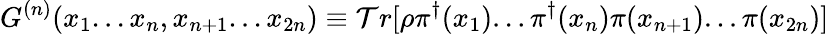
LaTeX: G^{(n)}(x_{1}...x_{n},x_{n+1}...x_{2n})\equiv\mathcal{T}r[\rho\pi^{\dagger}(x_{1})...\pi^{\dagger}(x_{n})\pi(x_{n+1})...\pi(x_{2n})]